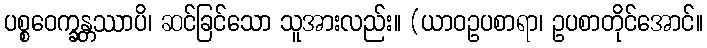
ပစ္စဝေက္ခန္တဿာပိ၊ ဆင်ခြင်သော သူအားလည်း။ (ယာဝဥပစာရာ၊ ဥပစာတိုင်အောင်။